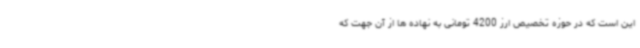
این است که در حوزه تخصیص ارز 4200 تومانی به نهاده ها از آن جهت که